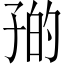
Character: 𪦼